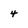
Character: 4